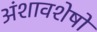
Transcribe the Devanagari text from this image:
अंशावशेषों